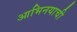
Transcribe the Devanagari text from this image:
आभिनयाची